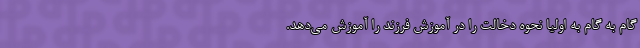
گام به گام به اولیا نحوه دخالت را در آموزش فرزند را آموزش می‌دهد.